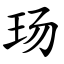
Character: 玚